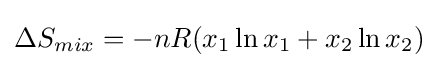
\Delta S_{mix}=-nR(x_{1}\ln x_{1}+x_{2}\ln x_{2})